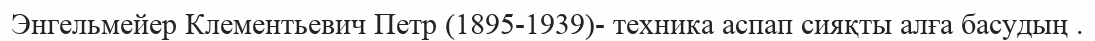
Энгельмейер Клементьевич Петр (1895-1939)- техника аспап сияқты алға басудың .